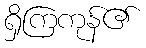
ရှိကြကုန်၏